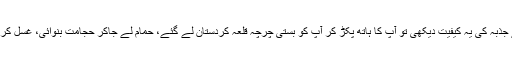
جب انھوں نے حضرت مدنی کے جذبہ کی یہ کیفیت دیکھی تو آپ کا ہاتھ پکڑ کر آپ کو بستی چرچہ قلعہ کردستان لے گئے، حمام لے جاکر حجامت بنوائی، غسل کرایا اور خصوصی توجّہ سے نوازا۔